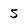
Character: 5